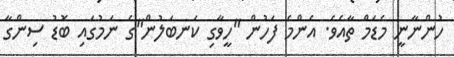
ހުންނާނީ މެޑަމް ތާއެވެ. އެންމެ ފަހުން "ހީވާގި ކަނބަލުން"ގެ ނަމުގައި ބޮޑު ސިންގާ